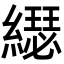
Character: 𦆄